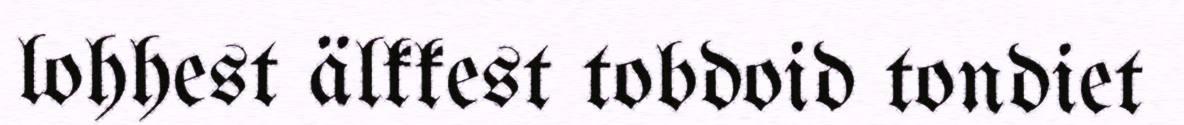
lohhest älkkest tobdoid tondiet